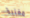
مغنية